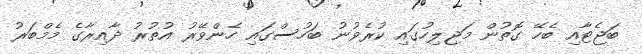
ބަޖެޓާއި ބެހޭ ގޮތުން މަޖިލިހުގައި ކުރެވުނު ބަހުސްގައި ހެންވޭރު އުތުރު ދާއިރާގެ މެމްބަރު